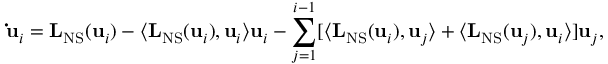
\mathbf { \dot { u } } _ { i } = \mathbf { L } _ { \mathrm { N S } } ( \mathbf { u } _ { i } ) - \langle \mathbf { L } _ { \mathrm { N S } } ( \mathbf { u } _ { i } ) , \mathbf { u } _ { i } \rangle \mathbf { u } _ { i } - \sum _ { j = 1 } ^ { i - 1 } [ \langle \mathbf { L } _ { \mathrm { N S } } ( \mathbf { u } _ { i } ) , \mathbf { u } _ { j } \rangle + \langle \mathbf { L } _ { \mathrm { N S } } ( \mathbf { u } _ { j } ) , \mathbf { u } _ { i } \rangle ] \mathbf { u } _ { j } ,